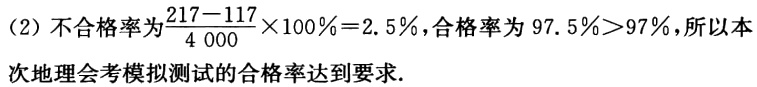
(2) 不合格率为$\frac{217 - 117}{4\ 000}\times100\% = 2.5\%$，合格率为$97.5\%>97\%$，所以本次地理会考模拟测试的合格率达到要求.